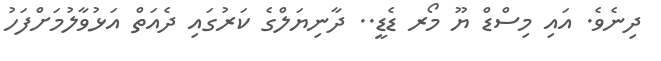
ދިނެވެ. އައި މިސްޑް ޔޫ މޯރ ޑެޑީ.. ދާނިޔަލްގެ ކަރުގައި ދެއަތް އަޅުވާލުމަށްފަހު